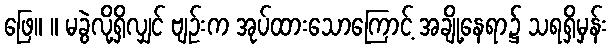
ဖြေ။ ။ မခွဲလို့ရှိလျှင် ဗျဉ်းက အုပ်ထားသောကြောင့် အချို့နေရာ၌ သရရှိမှန်း